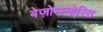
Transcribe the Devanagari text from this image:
बेज़ोप्स्नोस्ति